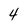
Character: 4